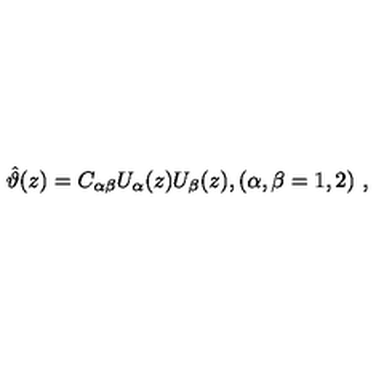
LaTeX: \hat { \vartheta } ( z ) = C _ { \alpha \beta } U _ { \alpha } ( z ) U _ { \beta } ( z ) , ( \alpha , \beta = 1 , 2 ) \ ,